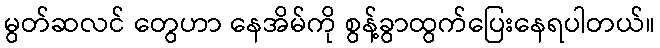
မွတ်ဆလင် တွေဟာ နေအိမ်ကို စွန့်ခွာထွက်ပြေးနေရပါတယ်။